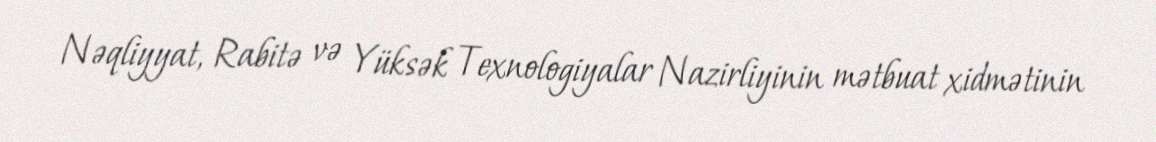
Nəqliyyat, Rabitə və Yüksək Texnologiyalar Nazirliyinin mətbuat xidmətinin